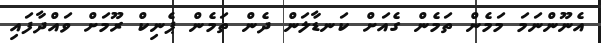
އެނޫންނަމަ މަމެން ތަމެން ގެއަށް ކަނޑާލަން ދެން ތަމެން ޕެނިކް ރޫމަށް ވައްދާފައި